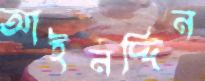
আইনদ্দিন